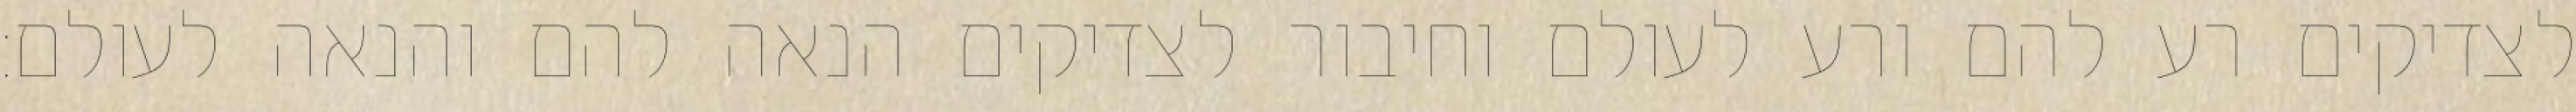
לצדיקים רע להם ורע לעולם וחיבור לצדיקים הנאה להם והנאה לעולם: